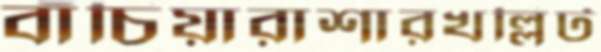
বাঁচিয়ারাশারখল্লিট